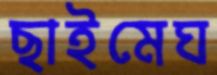
ছাইমেঘ